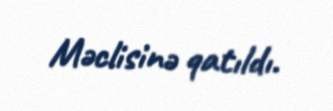
Məclisinə qatıldı.